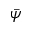
\bar { \psi }